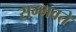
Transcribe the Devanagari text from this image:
सम्भवते